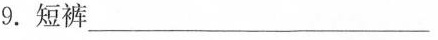
9.短裤___